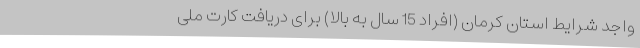
واجد شرایط استان کرمان (افراد 15 سال به بالا) برای دریافت کارت ملی